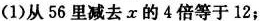
(1)从56里减去x的4倍等于12；